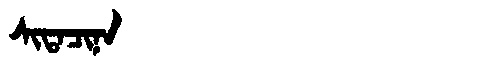
Manchu: ᠰᡳᡨᠠᠴᡳᠨᠠ
Romanization: SITACINA